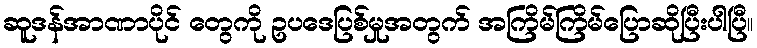
ဆူဒန်အာဏာပိုင် တွေကို ဥပဒေပြစ်မှုအတွက် အကြိမ်ကြိမ်ပြောဆိုပြီးပါပြီ။